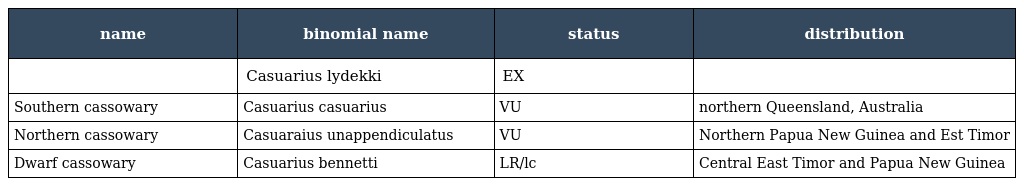
| name | binomial name | status | distribution |
 | --- | --- | --- | --- |
 |  | Casuarius lydekki | EX |  |
 | Southern cassowary | Casuarius casuarius | VU | northern Queensland, Australia |
 | Northern cassowary | Casuaraius unappendiculatus | VU | Northern Papua New Guinea and Est Timor |
 | Dwarf cassowary | Casuarius bennetti | LR/lc | Central East Timor and Papua New Guinea |